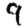
Digit: 9